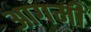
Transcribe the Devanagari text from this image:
आगमी